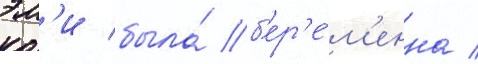
эм'и была́ б'ер'е́м'енна /